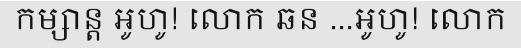
កម្សាន្ត អូហូ! លោក ឆន ...អូហូ! លោក